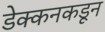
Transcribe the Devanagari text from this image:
डेक्कनकडून